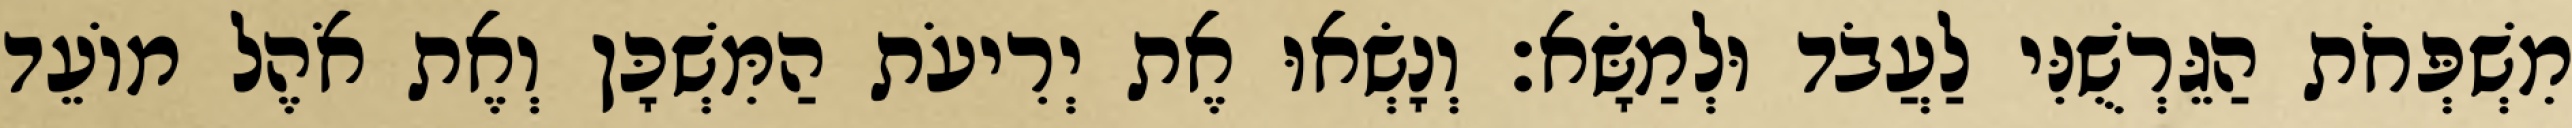
מִשְׁפְּחֹת הַגֵּרְשֻׁנִּי לַעֲבֹד וּלְמַשָּׂא׃ וְנָשְׂאוּ אֶת יְרִיעֹת הַמִּשְׁכָּן וְאֶת אֹהֶל מוֹעֵד